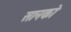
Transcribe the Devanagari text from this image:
सानको